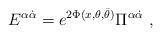
LaTeX: \begin{align*} {E}^{\alpha\dot{\alpha}}= e^{2\Phi (x,\theta, \bar{\theta})} \Pi^{\alpha\dot{\alpha}}~,\end{align*}